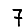
Digit: 7